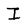
Character: I